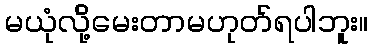
မယုံလို့်မေးတာမဟုတ်ရပါဘူး။